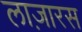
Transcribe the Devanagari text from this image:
लाज़ारस